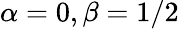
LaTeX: \alpha=0,\beta=1/2